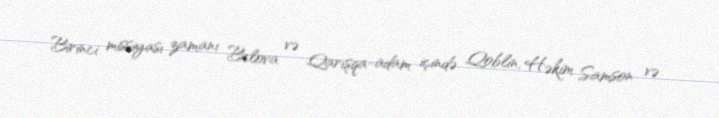
Birinci missiyası zamanı Belova və Qarışqa-adam içində Qoblin, Həkim Samson və